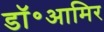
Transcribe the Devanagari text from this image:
डॉ॰आमिर